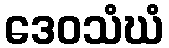
ဒေဝသံဃံ